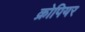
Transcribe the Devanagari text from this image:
क्रोपियर